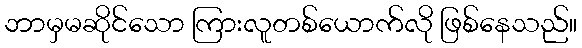
ဘာမှမဆိုင်သော ကြားလူတစ်ယောက်လို ဖြစ်နေသည်။